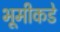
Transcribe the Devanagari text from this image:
भूमीकडे